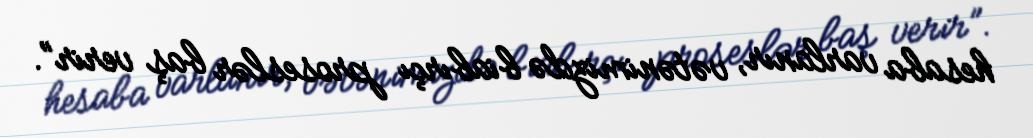
hesaba varlanır, vətənimizdə biabırçı proseslər baş verir”.